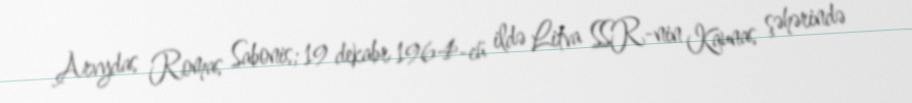
Arvydas Romas Sabonis; 19 dekabr 1964-cü ildə Litva SSR-nin Kaunas şəhərində